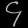
Digit: ၄